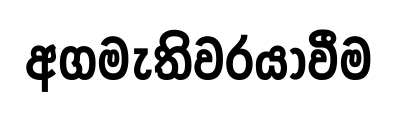
අගමැතිවරයාවීම